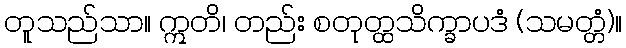
တူသည်သာ။ ဣတိ၊ တည်း စတုတ္ထသိက္ခာပဒံ (သမတ္တံ)။